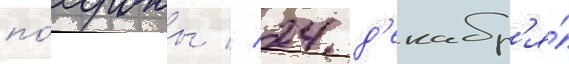
по́хороны // 24 д'екабр'я́